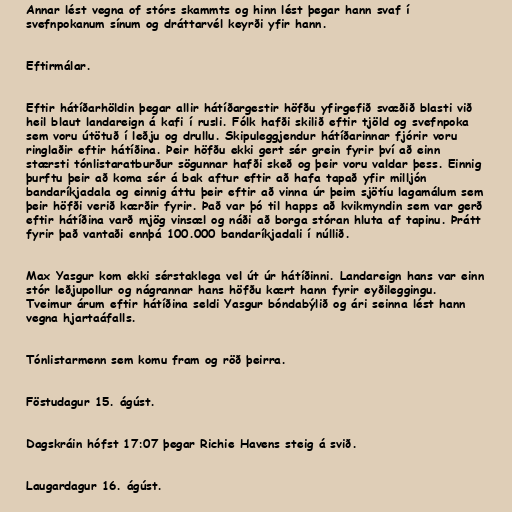
Annar lést vegna of stórs skammts og hinn lést þegar hann svaf í
svefnpokanum sínum og dráttarvél keyrði yfir hann.

Eftirmálar.

Eftir hátíðarhöldin þegar allir hátíðargestir höfðu yfirgefið svæðið blasti við
heil blaut landareign á kafi í rusli. Fólk hafði skilið eftir tjöld og svefnpoka
sem voru útötuð í leðju og drullu. Skipuleggjendur hátíðarinnar fjórir voru
ringlaðir eftir hátíðina. Þeir höfðu ekki gert sér grein fyrir því að einn
stærsti tónlistaratburður sögunnar hafði skeð og þeir voru valdar þess. Einnig
þurftu þeir að koma sér á bak aftur eftir að hafa tapað yfir milljón
bandaríkjadala og einnig áttu þeir eftir að vinna úr þeim sjötíu lagamálum sem
þeir höfði verið kærðir fyrir. Það var þó til happs að kvikmyndin sem var gerð
eftir hátíðina varð mjög vinsæl og náði að borga stóran hluta af tapinu. Þrátt
fyrir það vantaði ennþá 100.000 bandaríkjadali í núllið.

Max Yasgur kom ekki sérstaklega vel út úr hátíðinni. Landareign hans var einn
stór leðjupollur og nágrannar hans höfðu kært hann fyrir eyðileggingu.
Tveimur árum eftir hátíðina seldi Yasgur bóndabýlið og ári seinna lést hann
vegna hjartaáfalls.

Tónlistarmenn sem komu fram og röð þeirra.

Föstudagur 15. ágúst.

Dagskráin hófst 17:07 þegar Richie Havens steig á svið.

Laugardagur 16. ágúst.